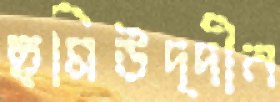
ছমিউদ্দীন